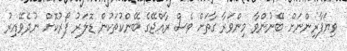
ވިޔަފާރިންނަށް ބޭނުންވާ މިންވަރާ ގާތަށް ވެސް ރާއްޖޭގެ ބޭންކުތަކުން ޑޮލަރު ފޯރުކޮށް ނުދެވޭއިރު